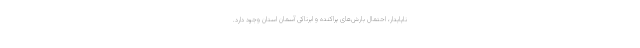
ناپایدار، احتمال بارش‌های پراکنده و ابرناکی آسمان استان وجود دارد.